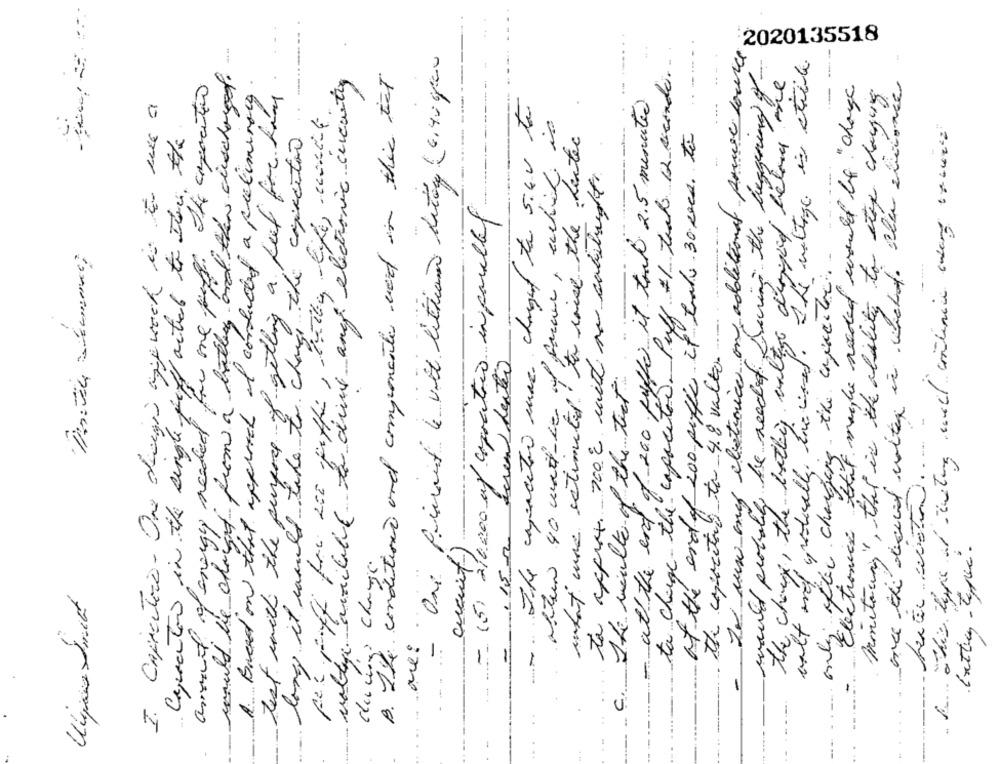
to change the capacity. Puff #1 teak 12 cuando.
:2020135518
Le run meg electronica on additional power source
---
beggening of -
of the discharged.
B. The conditions and componentes ved in this ist
amount of energy needed for one puff. The capacitin
maltepe available to drive any electronic acountry
Electronics Etit maybe needed would be "change
1. Based on that approach of conductof a preliminary
monitoring", that is the ability to step changing
I CapienTive. One diregio avoch in à une a
- The capacito mas chanf ta 5.eu te
- at the end of 200 puffer it took 2.5 minutes
pas puffe for see peffe, huile life, unit
Capacitor in the single piff acted to them. the
test with the purpose of god il capacitor
what was estimated to wish the lester
at the endof 200 putle if traks 30 secs. to
to approx. 700℃ with no cabalright
would probably be needed. During the
-(5) 210000 mf capacities inparallel
10 matt-ce of fame , et
ale after changing the capacity.
laund from a battery and
the capacitor to 48 valto.
long it would like to change
walt and gradually ire card.
the change, the bathing ante
= 1 15mm econ dentro
The weilte of the tect
would be charged1
during change.
c.
..